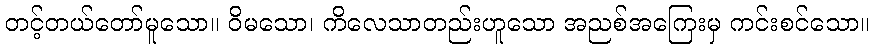
တင့်တယ်တော်မူသော။ ဝိမသော၊ ကိလေသာတည်းဟူသော အညစ်အကြေးမှ ကင်းစင်သော။